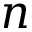
n